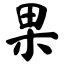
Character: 果